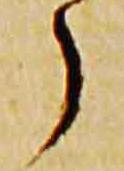
々